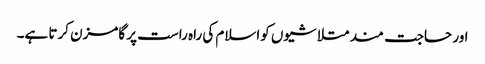
اور حاجت مند متلاشیوں کواسلام کی راہ راست پر گامزن کرتا ہے۔